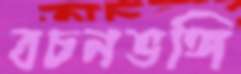
বচনভঙ্গি